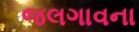
જલગાવના